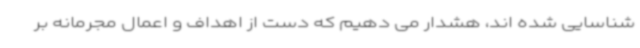
شناسایی شده اند، هشدار می دهیم که دست از اهداف و اعمال مجرمانه بر